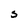
Character: S